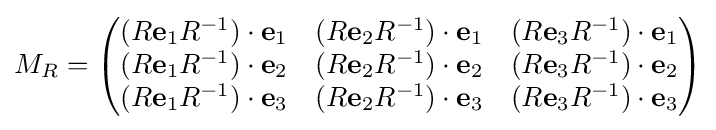
M_{R}={\begin{pmatrix}(R\mathbf {e} _{1}R^{-1})\cdot \mathbf {e} _{1}&(R\mathbf {e} _{2}R^{-1})\cdot \mathbf {e} _{1}&(R\mathbf {e} _{3}R^{-1})\cdot \mathbf {e} _{1}\\(R\mathbf {e} _{1}R^{-1})\cdot \mathbf {e} _{2}&(R\mathbf {e} _{2}R^{-1})\cdot \mathbf {e} _{2}&(R\mathbf {e} _{3}R^{-1})\cdot \mathbf {e} _{2}\\(R\mathbf {e} _{1}R^{-1})\cdot \mathbf {e} _{3}&(R\mathbf {e} _{2}R^{-1})\cdot \mathbf {e} _{3}&(R\mathbf {e} _{3}R^{-1})\cdot \mathbf {e} _{3}\end{pmatrix}}